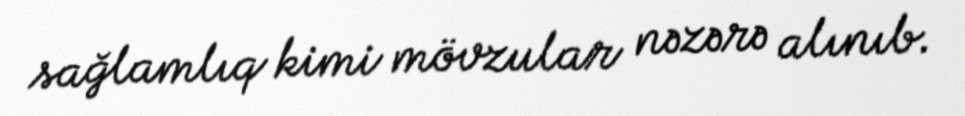
sağlamlıq kimi mövzular nəzərə alınıb.